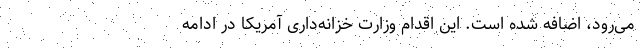
می‌رود، اضافه شده است. این اقدام وزارت خزانه‌داری آمریکا در ادامه